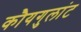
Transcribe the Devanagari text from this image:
कौयगुलांट